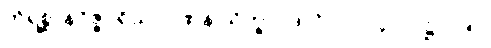
တိရစ္ဆာနဝိဇ္ဇပရိယာပုဏန သိက္ခာပဒ၊ ဝိ-၂-ပါ-၄၀၁၊ ဋ္ဌ-၂၁၅။